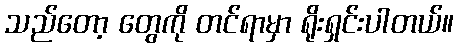
သည်တော့ တွေကို တင်ရာမှာ ရိုးရှင်းပါတယ်။